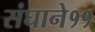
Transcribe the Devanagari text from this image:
संघाने११